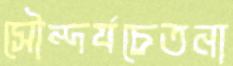
সৌন্দর্যচেতনা